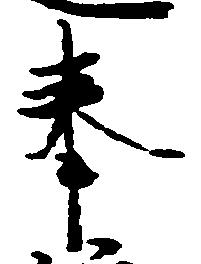
奉